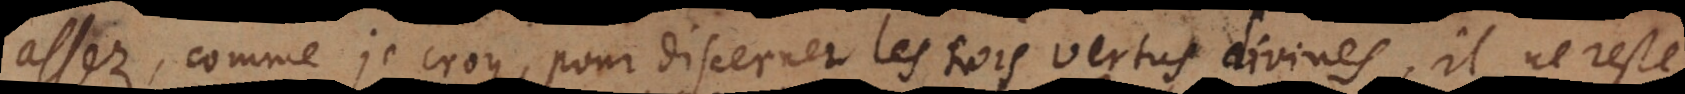
assez, comme je croy, pour discerner les trois vertus divines, il ne reste